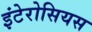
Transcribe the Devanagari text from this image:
इंटेरोसियस